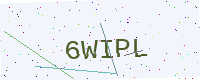
Text: 6WIPL